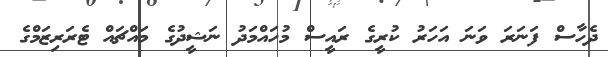
ދެހާސް ފަނަރަ ވަނަ އަހަރު ކުރީގެ ރައީސް މުހައްމަދު ނަޝީދުގެ މައްޗައް ޓެރަރިޒަމްގެ